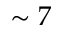
\sim 7